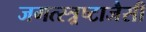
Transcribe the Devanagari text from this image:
जगत्स्त्र्रष्टाजैसी